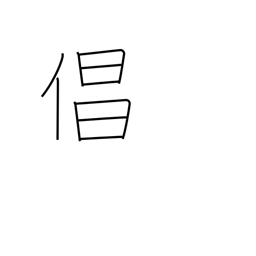
Meaning: actor